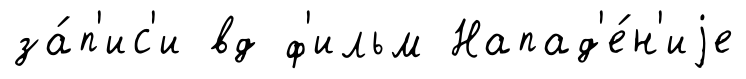
за́п'ис'и вд ф'ильм Напад'е́н'иjе